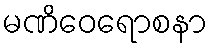
မဏိဝေရောစနာ